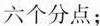
六个分点；